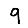
Digit: 9